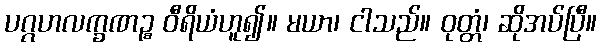
ပဂ္ဂဟလက္ခဏဉ္စ ဝီရိယံဟူ၍။ မယာ၊ ငါသည်။ ဝုတ္တံ၊ ဆိုအပ်ပြီ။